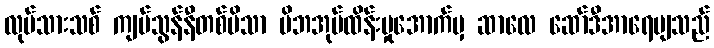
လုပ်သားသစ် ကျပ်သွန်နီတစ်ပိသာ မိဘအုပ်ထိန်းမှုအောက်မှ ဆာလေ ဆော်ဒီအာရေဗျသည်